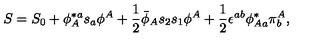
S = S _ { 0 } + \phi _ { A } ^ { \ast a } s _ { a } \phi ^ { A } + { \frac { 1 } { 2 } } { \bar { \phi } } _ { A } s _ { 2 } s _ { 1 } \phi ^ { A } + { \frac { 1 } { 2 } } \epsilon ^ { a b } \phi _ { A a } ^ { \ast } \pi _ { b } ^ { A } ,